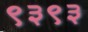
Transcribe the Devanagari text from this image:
९३९३